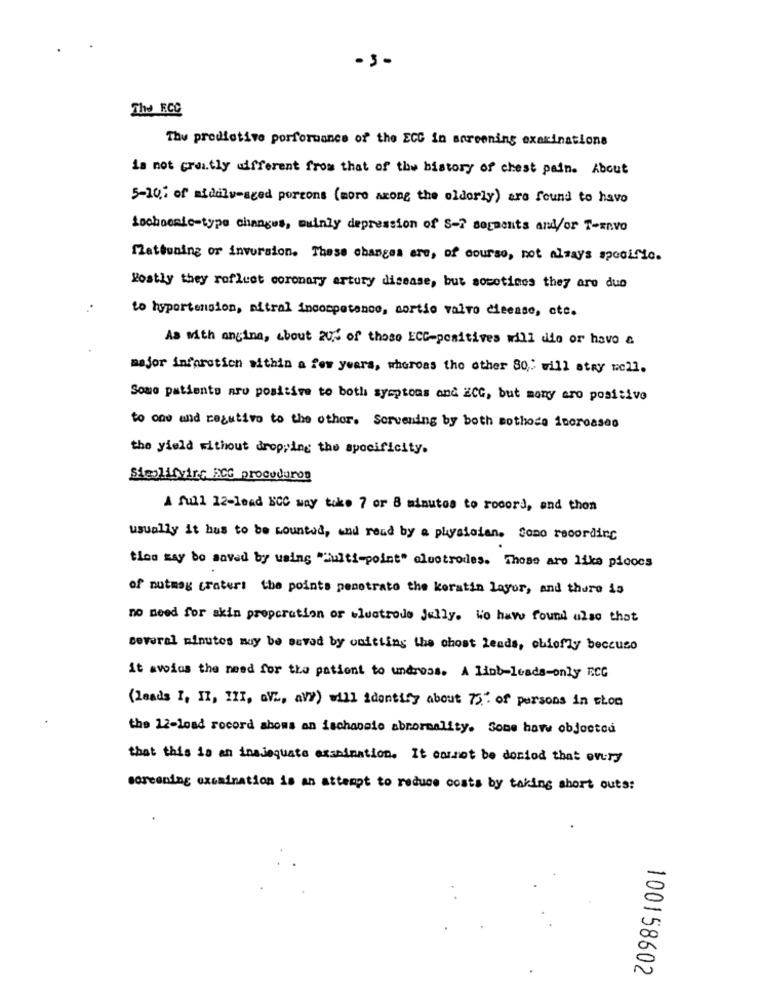
-3-
The RCC
The predictive performance of the ECC in screening examinations
is not greatly different from that of the history of chest pain. About
5-10: of middle-aged porcons (more axong the oldorly) are found to havo
Lochoesic-type changes, mainly depression of S -? segments and/or T-envo
fattening or inversion. These changes are, of course, not always specific.
Rostly they rofluet coronary artury disease, but socotimes they are duo
to hypertension, mitral incompetence, sortie valvo cieease, etc.
As with angina, about 2024 of those ECC-positives will die or have &
major infproticn within a few years, whereas the other 80 ,: will atry well.
Sono patients aro positive to both symptoms and HCG, but many aro positivo
to one and regutivo to the other. Servening by both mothode 1poroases
the yield without dropping the specificity.
Sieolifvirs PCG procuduros
A full 12-lead NCC may take 7 or 8 minutos to record, and then
usually it hus to be counted, and read by a physician. Como recording
ties may do saved by using "ulti-point" alootrodes. Those are like pieces
of nutmeg craters the points penetrate the keratin Layor, and there is
no need for skin propcration or electrode Jelly. We have found also that
several minutes may be saved by onitting the chost leads, oblofly beccuso
it awios the need for the patient to undross. A List-leads-only ECC
(Leads I, II, III, aVL, aVY) will identify about 73' of persons in shon
the 12-load rocord aboms an ischaodie abnormality. Some howw objected
that this is an inadequate examination. It ennot be dociod that every
screening examination is an attempt to reduce costs by taking abort outs:
100158602